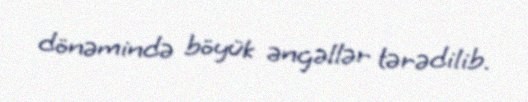
dönəmində böyük əngəllər tərədilib.